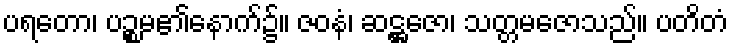
ပရတော၊ ပဉ္စမ၏နောက်၌။ ဇဝနံ၊ ဆဋ္ဌဇော၊ သတ္တမဇောသည်။ ပတိတံ